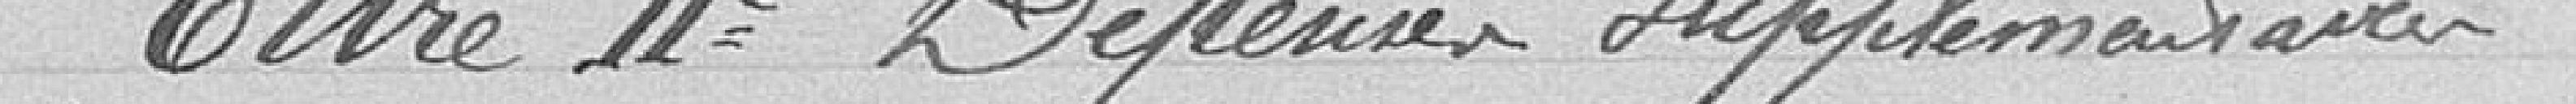
Titre II   dépenses supplémentaires